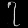
Digit: ၇